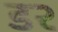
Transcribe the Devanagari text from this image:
ड२